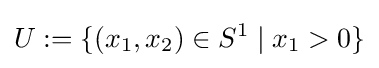
U:=\{(x_{1},x_{2})\in S^{1}\mid x_{1}>0\}